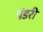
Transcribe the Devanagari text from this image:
पंडरी